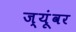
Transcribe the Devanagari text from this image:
ज्यूंवर